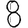
Digit: 8